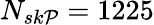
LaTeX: N_{sk\mathcal{P}}=1225